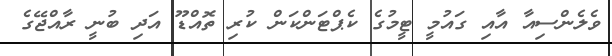
ވެލެންސިއާ އާއި ގައުމީ ޓީމުގެ ކެޕްޓަންކަން ކުރި ތޮއްޑޫ އަދި ބުނީ ރާއްޖޭގެ